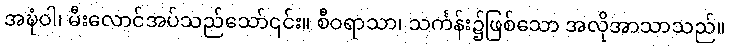
အဍ္ဎံဝါ၊ မီးလောင်အပ်သည်သော်၎င်း။ စီဝရာသာ၊ သင်္ကန်း၌ဖြစ်သော အလိုအာသာသည်။